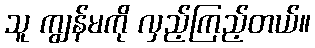
သူ ကျွန်မကို လှည့်ကြည့်တယ်။